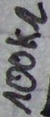
Text: 100kΩ